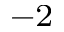
^ { - 2 }